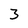
Character: 3